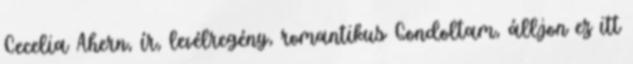
Cecelia Ahern, ír, levélregény, romantikus Gondoltam, álljon ez itt